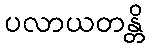
ပလာယတန္တိ